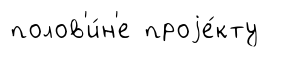
полов'и́н'е проjе́кту